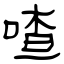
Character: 喳